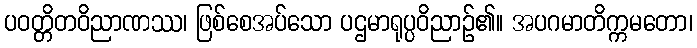
ပဝတ္တိတဝိညာဏဿ၊ ဖြစ်စေအပ်သော ပဌမာရုပ္ပဝိညာဉ်၏။ အပဂမာတိက္ကမတော၊